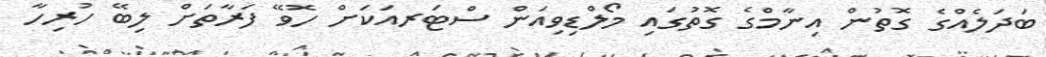
ބަދަލެއްގެ ގޮތުން އިނާމްގެ ގޮތުގައި މޯލްޑިވިއަން ސްޓަރއަކަށް ހޮވޭ ފަރާތަށް ލިބޭ ހުރިހާ